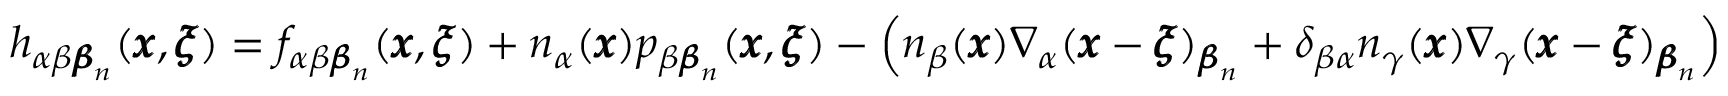
h _ { \alpha \beta { \pmb \beta } _ { n } } ( { \pmb x } , { \pmb \xi } ) = f _ { \alpha \beta { \pmb \beta } _ { n } } ( { \pmb x } , { \pmb \xi } ) + n _ { \alpha } ( { \pmb x } ) p _ { \beta { \pmb \beta } _ { n } } ( { \pmb x } , { \pmb \xi } ) - \left( n _ { \beta } ( { \pmb x } ) \nabla _ { \alpha } ( { \pmb x } - { \pmb \xi } ) _ { { \pmb \beta } _ { n } } + \delta _ { \beta \alpha } n _ { \gamma } ( { \pmb x } ) \nabla _ { \gamma } ( { \pmb x } - { \pmb \xi } ) _ { { \pmb \beta } _ { n } } \right)